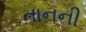
તાનની